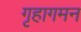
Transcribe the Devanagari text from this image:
गृहागमन